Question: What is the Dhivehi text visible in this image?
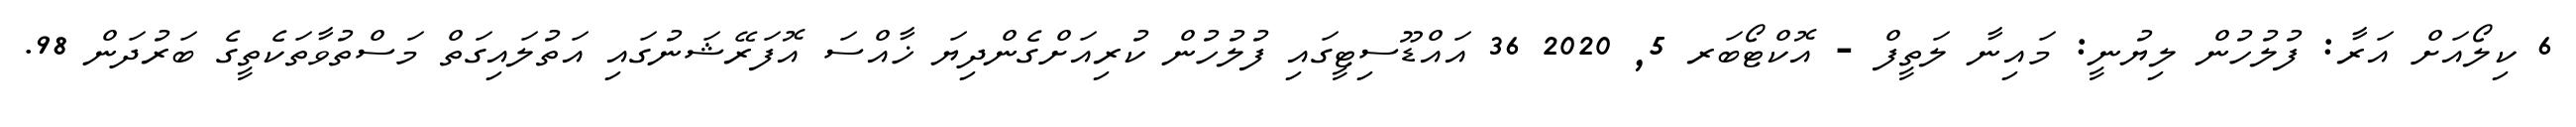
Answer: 6 ކިލޯއަށް އަރާ: ފުލުހުން ލިޔުނީ: މައިނާ ލަތީފް - އޮކްޓޯބަރ 5, 2020 36 އައްޑޫސިޓީގައި ފުލުހުން ކުރިއަށްގެންދިޔަ ޚާއްސަ އޮފަރޭޝަނުގައި އަތުލައިގަތް މަސްތުވާތަކެތީގެ ބަރުދަން 98.